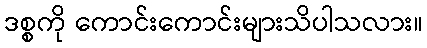
ဒစ္စကို ကောင်းကောင်းများသိပါသလား။